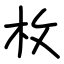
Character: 枚